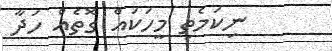
ނިކަމެތި މީހަކައް ގޮތެއް ހަދާ